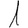
Digit: 1